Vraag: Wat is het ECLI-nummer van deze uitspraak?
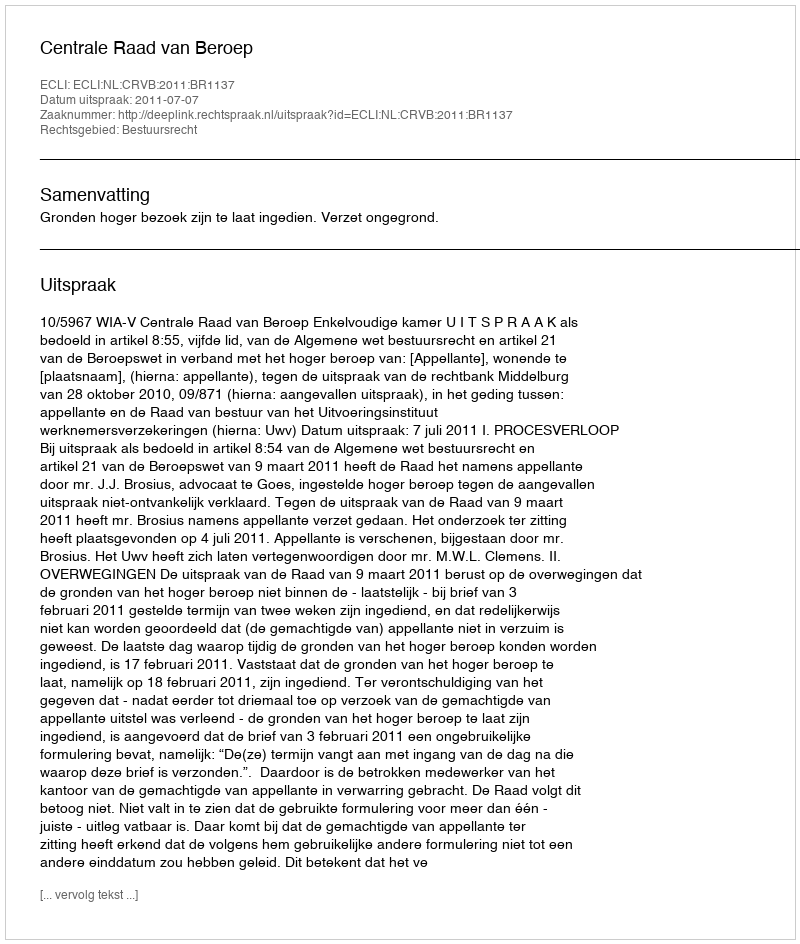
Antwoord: ECLI:NL:CRVB:2011:BR1137